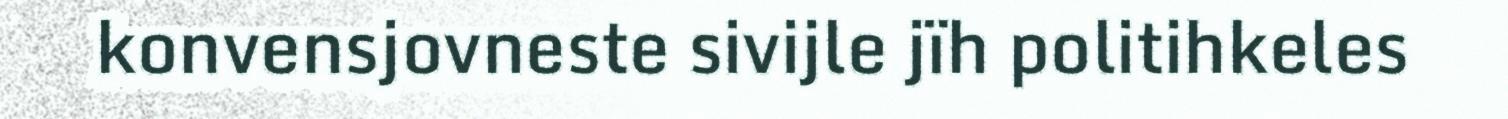
konvensjovneste sivijle jïh politihkeles